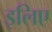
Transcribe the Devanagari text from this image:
इलिए